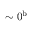
\sim 0 ^ { \mathrm { b } }